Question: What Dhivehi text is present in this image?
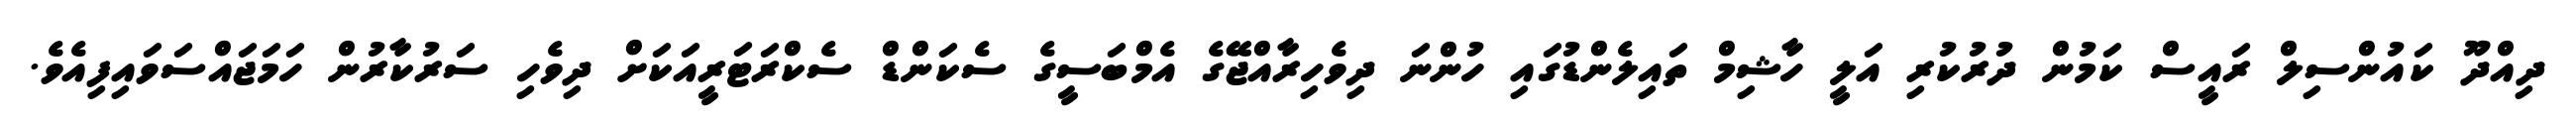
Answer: ދިއްދޫ ކައުންސިލް ރައީސް ކަމުން ދުރުކުރި އަލީ ހާޝިމް ތައިލެންޑުގައި ހުންނަ ދިވެހިރާއްޖޭގެ އެމްބަސީގެ ސެކަންޑް ސެކްރަޓަރީއަކަށް ދިވެހި ސަރުކާރުން ހަމަޖައްސަވައިފިއެވެ.